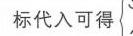
标代入可得\( \left(\right.\)